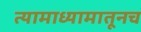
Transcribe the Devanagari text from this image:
त्यामाध्यामातूनच